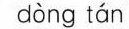
dòng tán